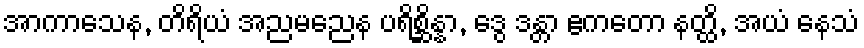
အာကာသေန, တိရိယံ အညမညေန ပရိစ္ဆိန္နာ, ဒွေ ဒန္တာ ဧကတော နတ္ထိ, အယံ နေသံ